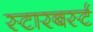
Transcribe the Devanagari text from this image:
स्टारबर्स्ट